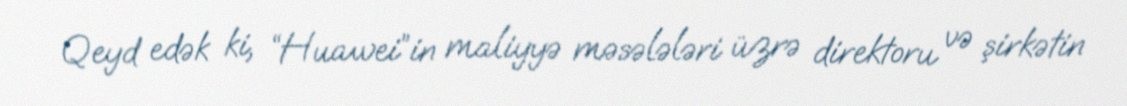
Qeyd edək ki, “Huawei”in maliyyə məsələləri üzrə direktoru və şirkətin